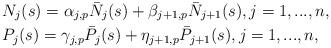
LaTeX: \begin{align*}&N_j(s)=\alpha_{j,p}\bar N_j(s)+\beta_{j+1,p} \bar N_{j+1}(s), j=1,...,n,\\&P_j(s)=\gamma_{j,p}\bar P_j(s)+\eta_{j+1,p} \bar P_{j+1}(s), j=1,...,n,\end{align*}